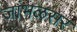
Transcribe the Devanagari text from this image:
जांभळसर